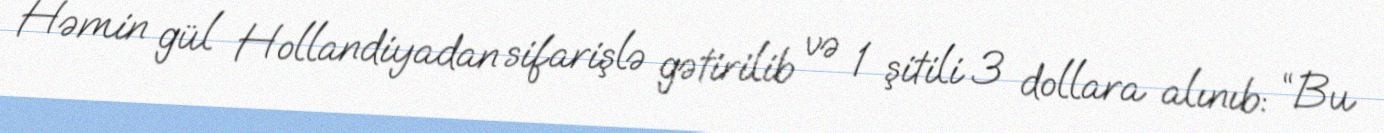
Həmin gül Hollandiyadan sifarişlə gətirilib və 1 şitili 3 dollara alınıb: “Bu